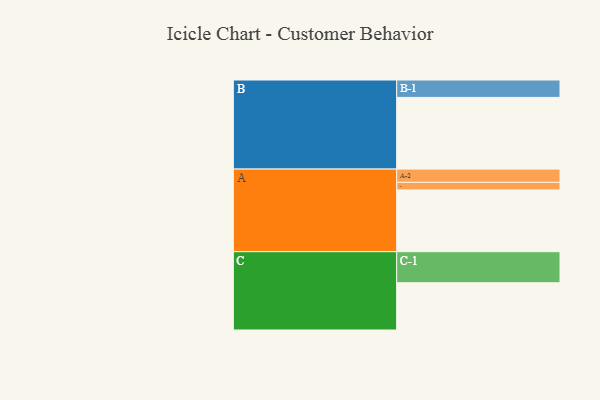
{"axis": {"x": "Segment", "y": "Value"}, "legend": ["", "A", "B", "C"], "data": [{"x": "A", "y": 447, "type": ""}, {"x": "B", "y": 519, "type": ""}, {"x": "C", "y": 342, "type": ""}, {"x": "A-1", "y": 55, "type": "A"}, {"x": "A-2", "y": 96, "type": "A"}, {"x": "B-1", "y": 126, "type": "B"}, {"x": "C-1", "y": 225, "type": "C"}]}